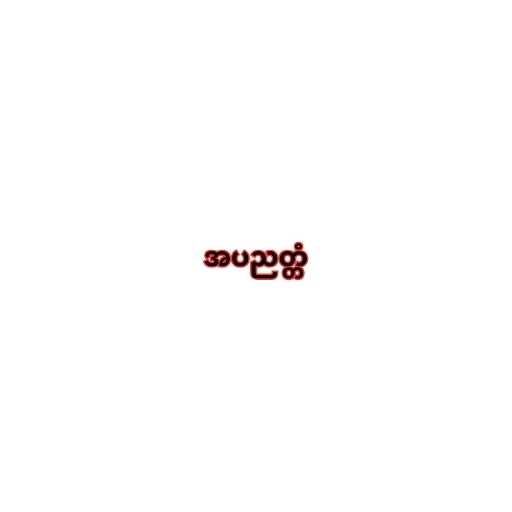
အပညတ္တံ